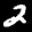
Label: 2